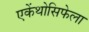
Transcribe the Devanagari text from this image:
एकेंथोसिफेला